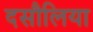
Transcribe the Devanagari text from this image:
दसौलिया